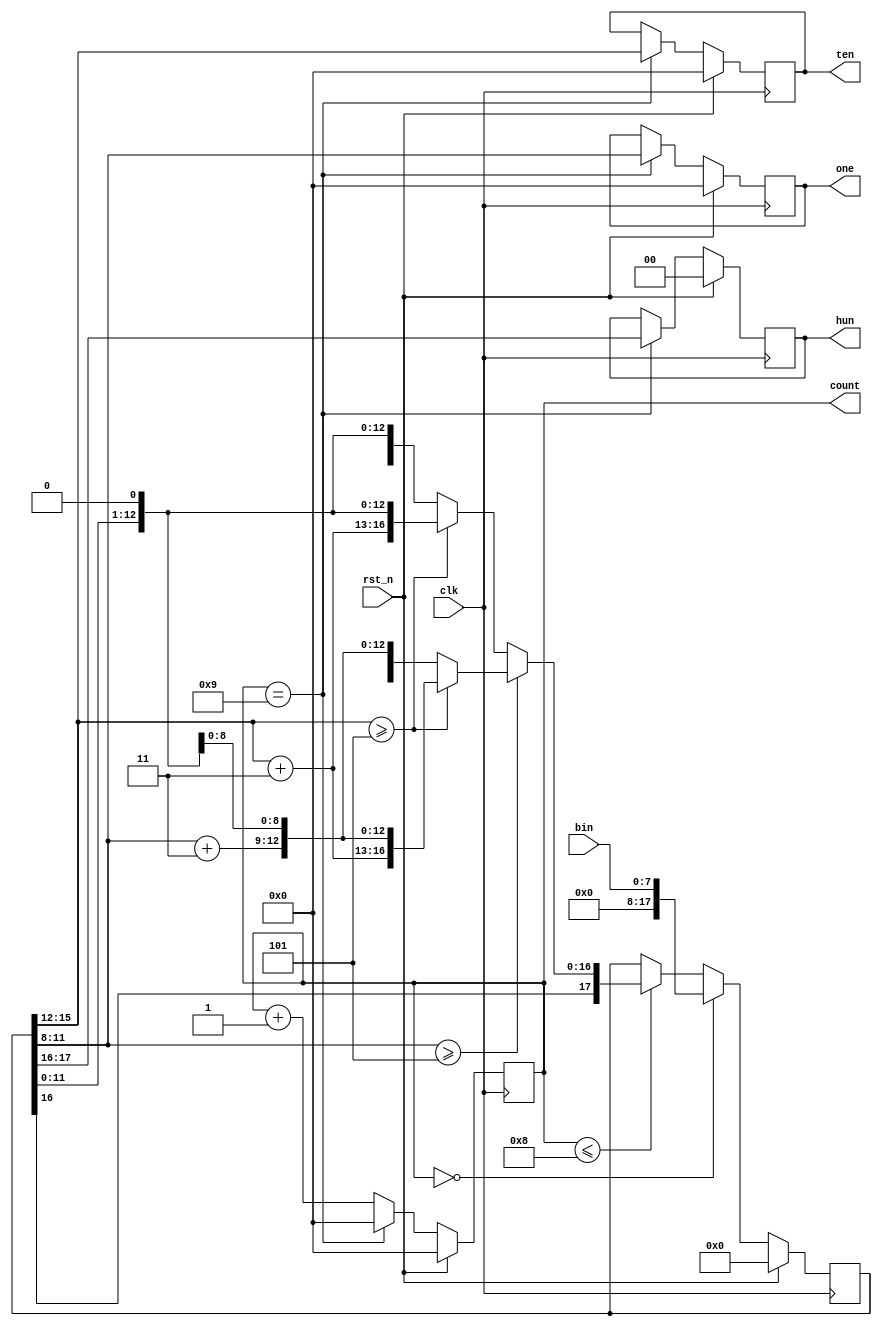
//8BCD
module bin_dec(clk,bin,rst_n,one,ten,hun,count);
  input [7:0] bin;
  input clk, rst_n;
  output [3:0] one, ten;
  output [3:0] count;
  output [1:0] hun;

  reg [3:0] one, ten, count;
  reg [1:0] hun;
  reg [17:0]shift_reg;

  
//
always @(posedge clk)
begin
  if (rst_n)
    count<=0;
  else if (count==9)
    count<=0;
  else
    count<=count+1;
end


//
always @(posedge clk)
begin
  if(rst_n)
    shift_reg=0;
  else if(count==0)
    shift_reg={10'b0000000000,bin};
  else if(count<=8)
    begin
	   if(shift_reg[11:8]>=5)
		  begin
		    if(shift_reg[15:12]>=5)
			   begin
				  shift_reg[15:12]=shift_reg[15:12]+2'b11;
				  shift_reg[11:8]=shift_reg[11:8]+2'b11;
				  shift_reg=shift_reg<<1;
				end
			 else
			   begin
				  shift_reg[15:12]=shift_reg[15:12];
              shift_reg[11:8]=shift_reg[11:8]+2'b11;
              shift_reg=shift_reg<<1;
				end
		  end
      else
        begin
	       if(shift_reg[15:12]>=5)
		      begin
		        shift_reg[15:12]=shift_reg[15:12]+2'b11;
			     shift_reg[11:8]=shift_reg[11:8];
			     shift_reg=shift_reg<<1;
		      end
		  else
		    begin
		      shift_reg[15:12]=shift_reg[15:12];
			   shift_reg[11:8]=shift_reg[11:8];
			   shift_reg=shift_reg<<1;
		    end
        end
    end
end


//
always @(posedge clk)
begin
  if(rst_n)
    begin
      one<=0;
      ten<=0;
      hun<=0;
    end
  else if(count==9)
    begin
      one<=shift_reg[11:8];
      ten<=shift_reg[15:12];
      hun<=shift_reg[17:16];
    end
end
endmodule